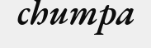
chumpa